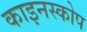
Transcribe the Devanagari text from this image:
काइनस्कोप